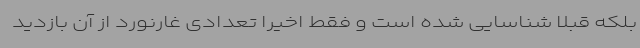
بلکه قبلا شناسایی شده است و فقط اخیرا تعدادی غارنورد از آن بازدید